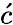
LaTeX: \acute{c}